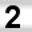
Digit: 2